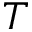
T